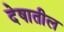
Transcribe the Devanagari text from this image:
देषातील